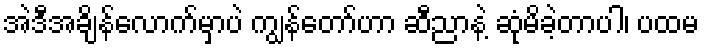
အဲဒီအချိန်လောက်မှာပဲ ကျွန်တော်ဟာ ဆီညာနဲ့ ဆုံမိခဲ့တာပါ၊ ပထမ